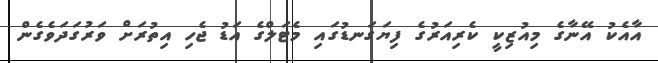
އާއެކު އޭނާގެ މިއުޒިކީ ކެރިއަރުގެ ފިޔަގަނޑުގައި މެޓަލްގެ އަޑު ޖެހި އިތުރަށް ވަރުގަދަވެގެން